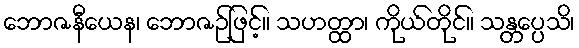
ဘောဇနီယေန၊ ဘောဇဉ်ဖြင့်။ သဟတ္ထာ၊ ကိုယ်တိုင်။ သန္တပ္ပေသိ၊